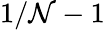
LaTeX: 1/\mathcal{N}-1